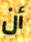
أن